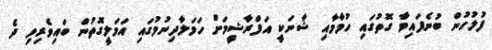
ފުލުހުން ބުނެފައިވާ ގޮތުގައި ހުމާމާއި ޝާނަކީ އަފްރާޝީމަށް ހަމަލާދިނުމުގައި އަމަލީގޮތުން ބައިވެރިވި ދެ